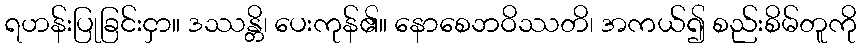
ရဟန်းပြုခြင်းငှာ။ ဒဿန္တိ၊ ပေးကုန်၏။ နောစေဘဝိဿတိ၊ အကယ်၍ စည်းစိမ်တူကို